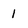
Character: 1